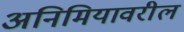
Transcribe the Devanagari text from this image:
अनिमियावरील